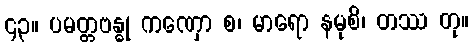
၄၃။ ပမတ္တဗန္ဓု ကဏှော စ၊ မာရော နမုစိ၊ တဿ တု။